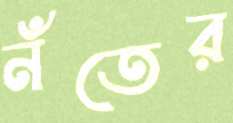
নঁতের